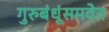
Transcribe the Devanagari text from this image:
गुरुबंधूंसमवेत